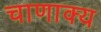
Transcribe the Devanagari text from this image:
चाणाक्य